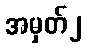
အမှတ်၂